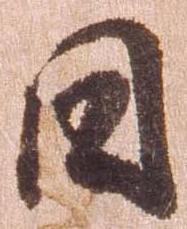
日